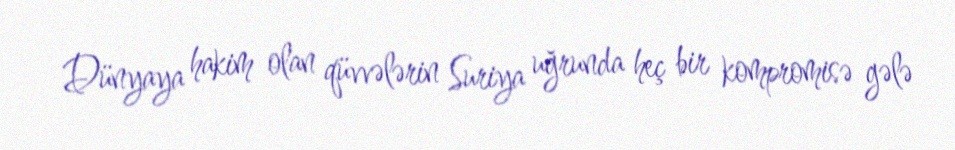
Dünyaya hakim olan qüvvələrin Suriya uğrunda heç bir kompromisə gələ